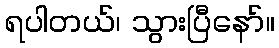
ရပါတယ်၊ သွားပြီနော်။